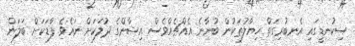
ސިކުނޑީގައި އެނބުރިގަތް ހިޔާލުތަކުން ބުނާނެ އެއްޗެއްވެސް އިޝާންގެ ދުލަކަށް ނައެވެ. ފާޑަކަށް ބަލަން